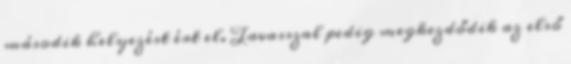
második helyezést ért el. Tavasszal pedig megkezdődik az első